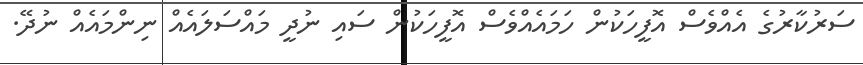
ސަރުކާރުގެ އެއްވެސް އޮފީހަކުން ހަމައެއްވެސް އޮފީހަކުން ސައި ނުދީ މައްސަލައެއް ނިންމައެއް ނުދޭ.